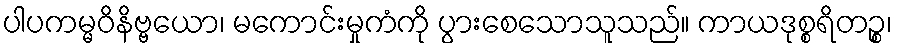
ပါပကမ္မဝိနိဗ္ဗယော၊ မကောင်းမှုကံကို ပွားစေသောသူသည်။ ကာယဒုစ္စရိတဉ္စ၊